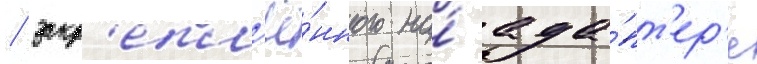
/ закр'епл'ё́нного на́ ада́пт'ер'е